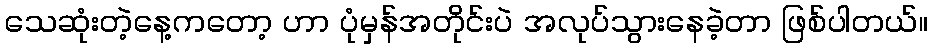
သေဆုံးတဲ့နေ့ကတော့ ဟာ ပုံမှန်အတိုင်းပဲ အလုပ်သွားနေခဲ့တာ ဖြစ်ပါတယ်။